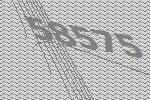
58575